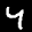
Label: 4